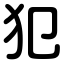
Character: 犯